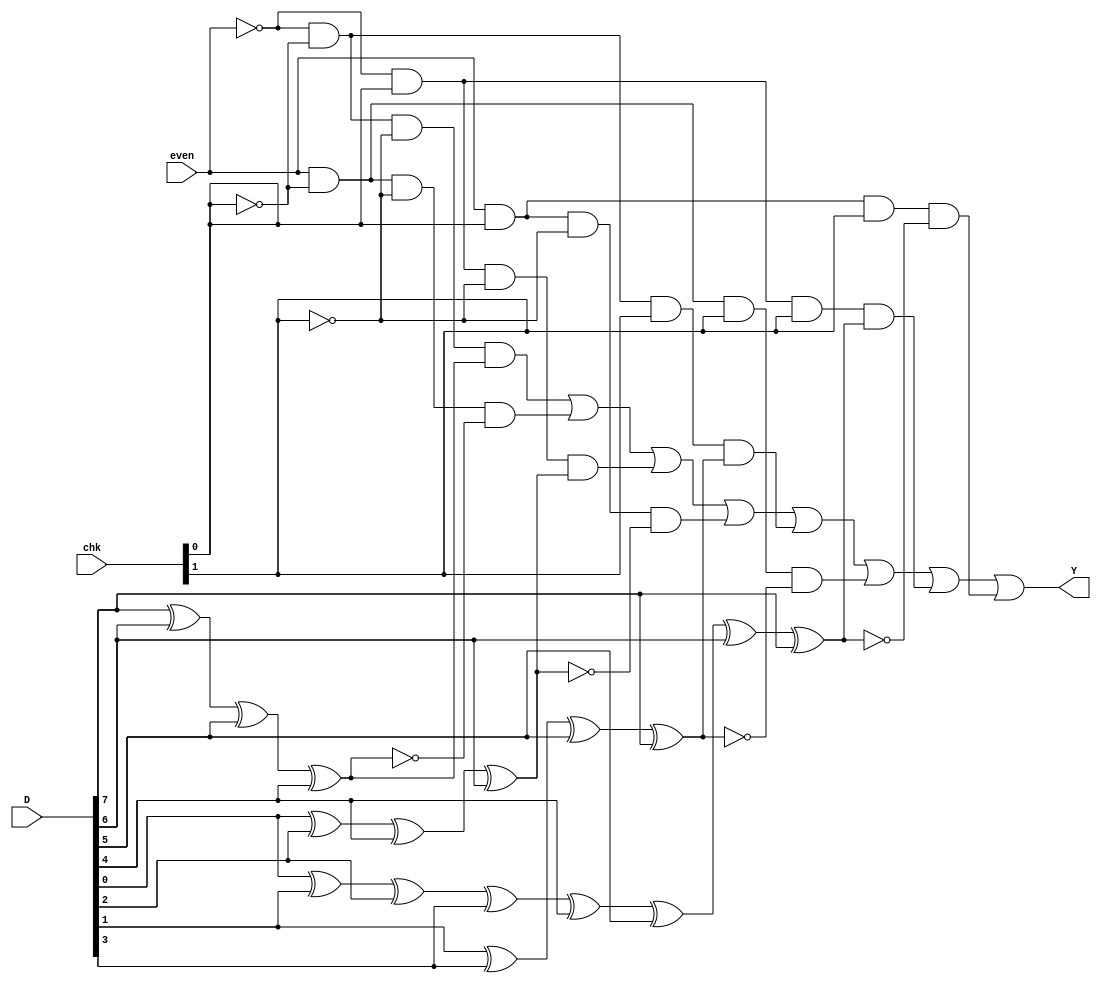
module parity8bit_d(D, chk, even, Y);
    input   [7:0]   D;
    input   [1:0]   chk;
    input           even;
    output  wire    Y;

    wire            odd;
    wire    [1:0]   nchk;
    wire    [7:0]   gate;
    wire    [7:0]   ndout;
    
    not(odd, even);
    not(nchk[0], chk[0]);
    not(nchk[1], chk[1]);

    xor(ndout[0], D[7], D[6], D[5], D[4]);
    not(ndout[1], ndout[0]);
    xor(ndout[2], D[0], D[2], D[4], D[6]);
    not(ndout[3], ndout[2]);
    xor(ndout[4], D[1], D[3], D[5], D[7]);
    not(ndout[5], ndout[4]);
    xor(ndout[6], D[0], D[1], D[2], D[3], D[4], D[5], D[6], D[7]);
    not(ndout[7], ndout[6]);

    and(gate[0], odd, nchk[0], nchk[1], ndout[0]);
    and(gate[2], odd, chk[0], nchk[1], ndout[2]);
    and(gate[4], odd, nchk[0], chk[1], ndout[4]);
    and(gate[6], odd, chk[0], chk[1], ndout[6]);
    and(gate[1], even, nchk[0], nchk[1], ndout[1]);
    and(gate[3], even, chk[0], nchk[1], ndout[3]);
    and(gate[5], even, nchk[0], chk[1], ndout[5]);
    and(gate[7], even, chk[0], chk[1], ndout[7]);
    
    or(Y, gate[0], gate[1], gate[2], gate[3], gate[4], gate[5], gate[6], gate[7]);

endmodule